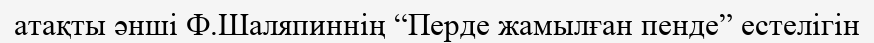
атақты әнші Ф.Шаляпиннің “Перде жамылған пенде” естелігін